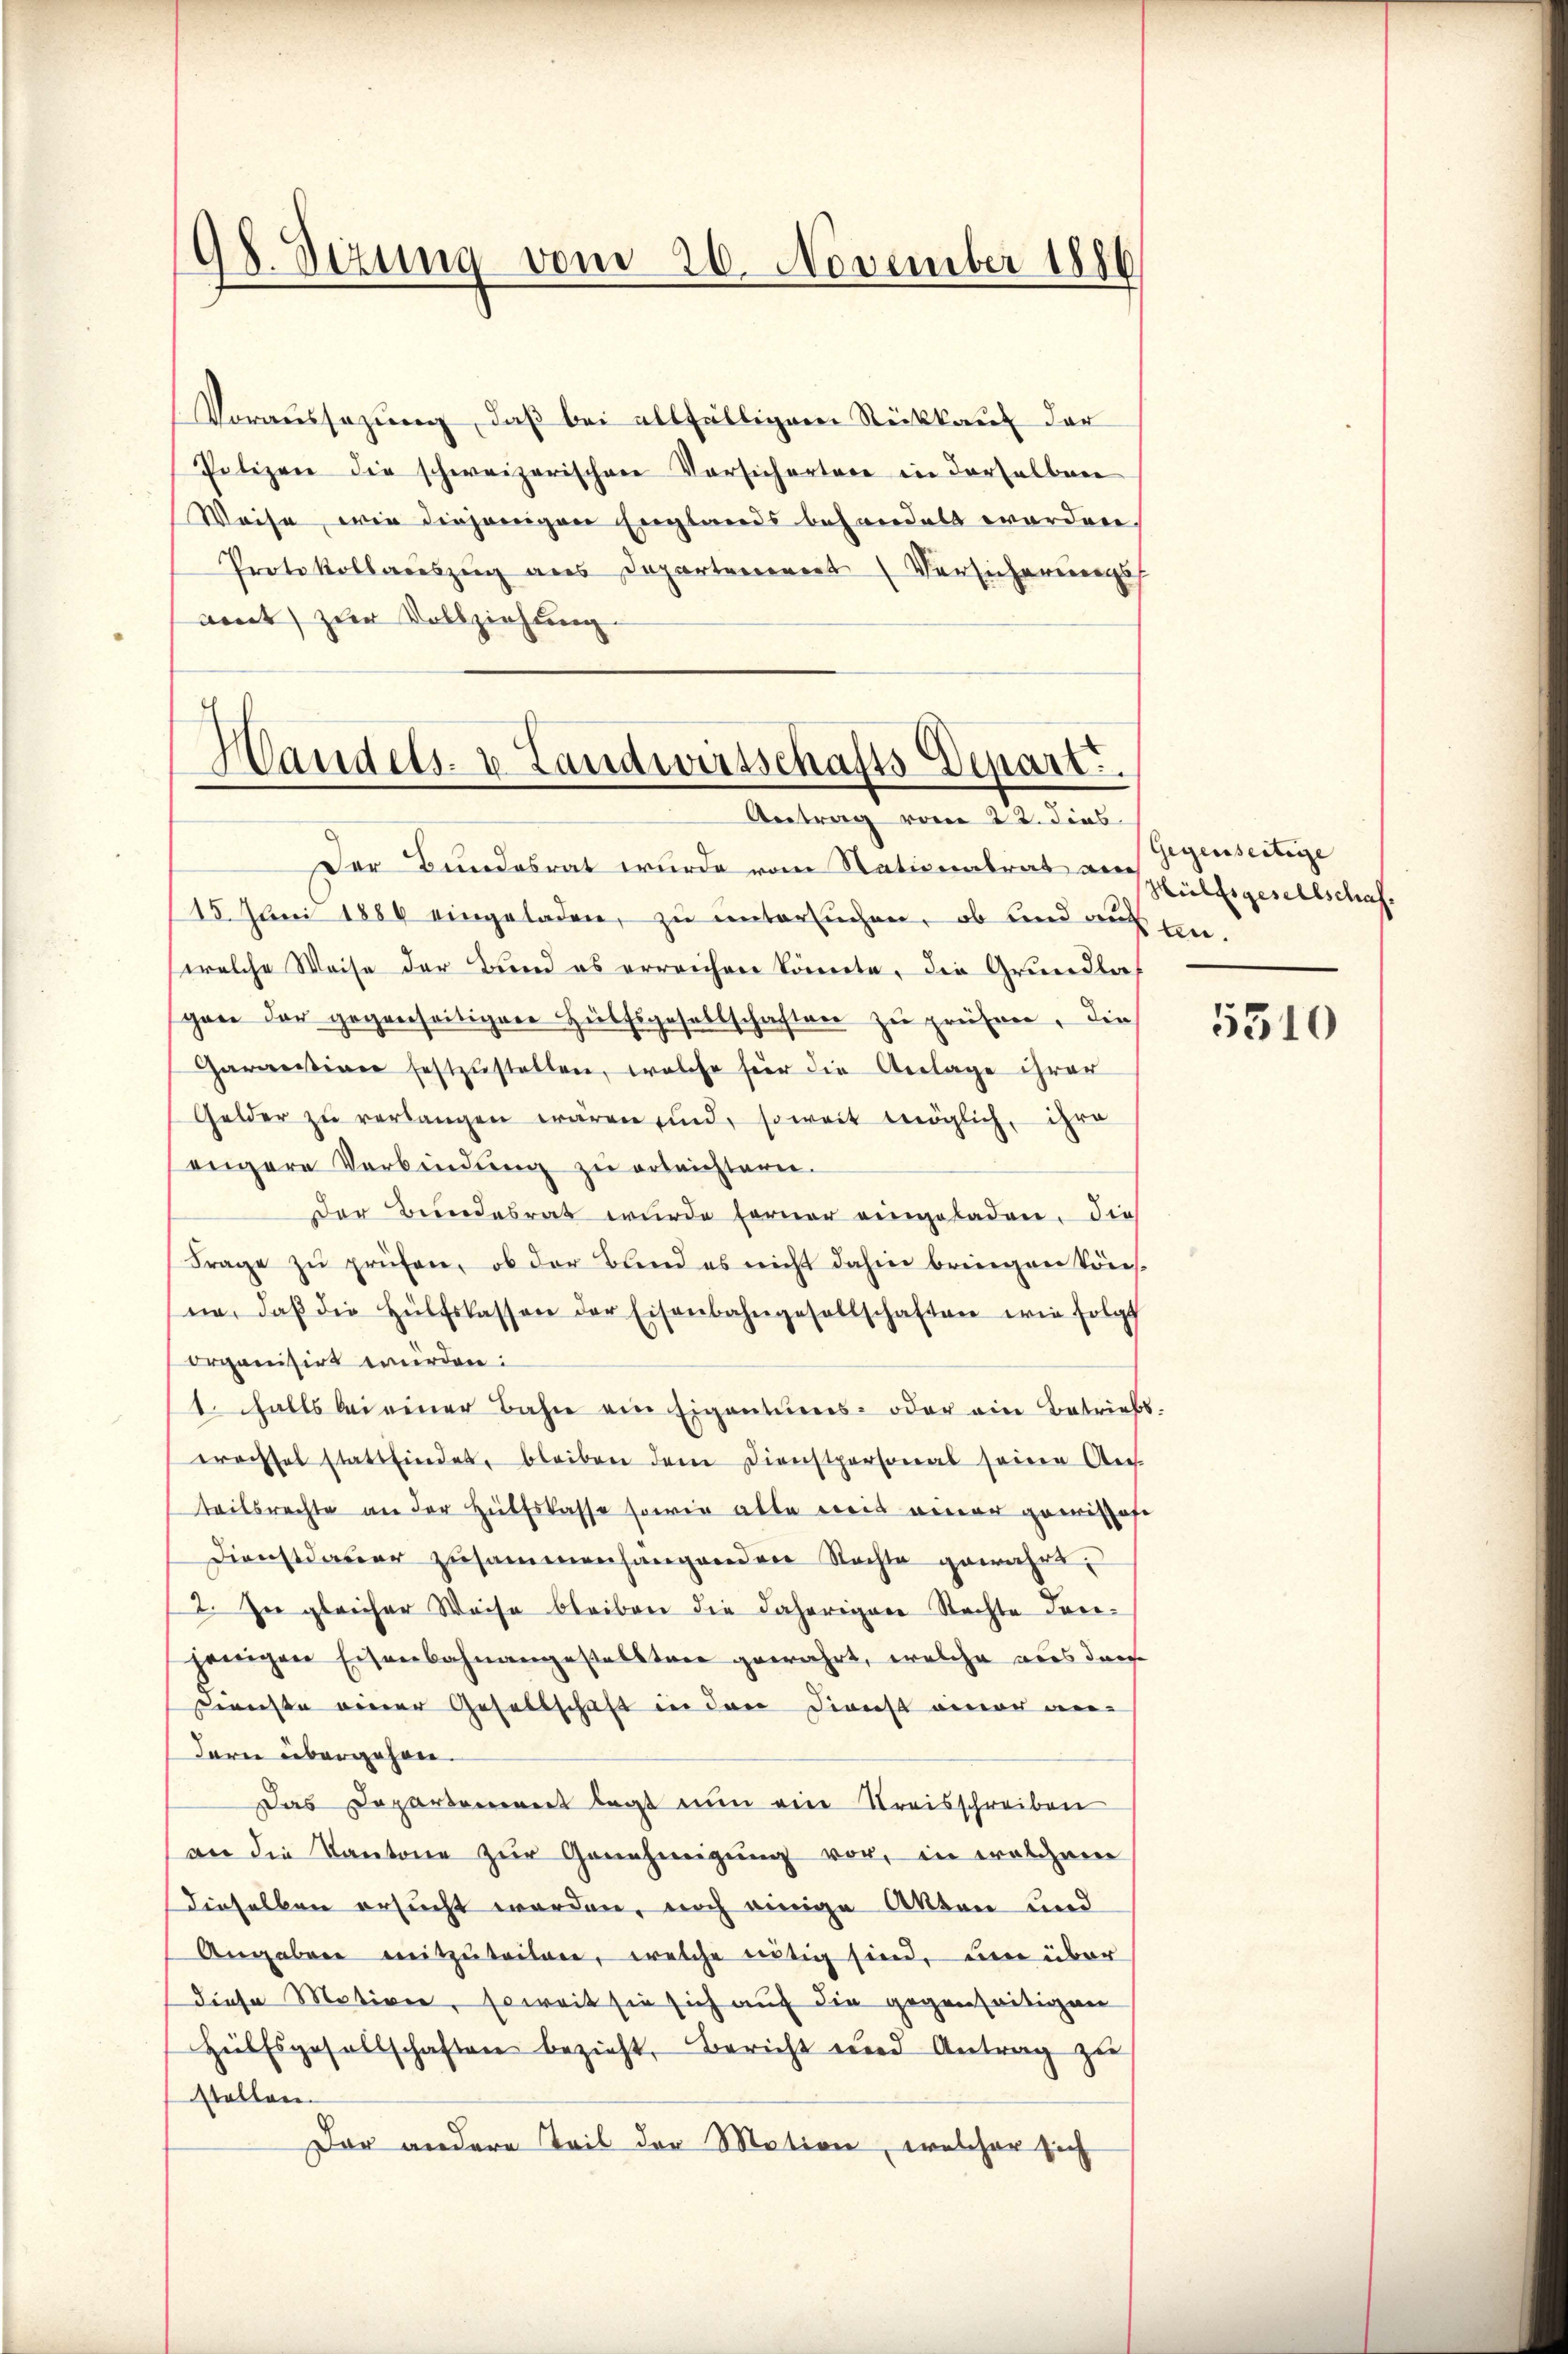
Gl. Sizung vom 26. November 1886

Voraussezung, daß bei allfälligem Rückkauf der
Polizei die schweizerischen Vorsichertere in derselben
Weise, wie diejenigen Englands behandelt worden
Protokollauszug aus Departement Versicherung
vent zur Vollziehung.

Handels- u. Landwirtschafts-Depart.
Antrag vom 22. dies

Der Bundesrat wurde vom Nationalrat an
15. Juni 1884 eingeladen, zu untersuchen, ob und auf einwelche Weise der Bund es erreichen könnte, die Grundla
gan der gegenseitigere Hülfsgesellschaften zu prüfen, die
Garantion festzŭstellen, welche für die Anlage ihrer
Gelder zŭ verlangen waren sind, soweit möglich, ihre
engere Verbindŭng zu erleichtern.
Der Bundesrat wurde ferner eingeladen, die
Frage zŭ prüfen, ob der Band es nicht dahin bringen köns.
ne, daβ die Hülfslassen der Eisenbahngesellschaften wie folgt
Organisirt wurden:
1. Falls bei einer Bahn ein Eigentums- oder ein Betriebs-
erachsel stattfindet, bleiben dem Dienstpersonal seine Auf
teilsrechte an der Hülfskasse sowie alle weit einer gewissese
Dienstdauer zusammenhangenden Nachte gewährt;
2. Zu gleicher Weise bleiben die daherigene Stachte Torejenigen Eisenbahnangestellten gewahrt, welche aus der
enste einer Gesellschaft in den Dienst einer weidern übergehen.
Das Departement legt nun eine Kreisschreiben
an die Kantone zŭr Genehmigŭng vor, in welchem
dieselben ersucht worden, noch einige Akten und
Angaben mitzŭteilen, welche nötig sind, um über
diese Motiven, soweit sie sich auf die gegenseitigen
Hülfsgesellschaften bezieht, Bericht und Antrag zu
Stollen
Der andere Teil der Motion, welcher sich

Gegenseitige
Hülfsgesellschaf

5310